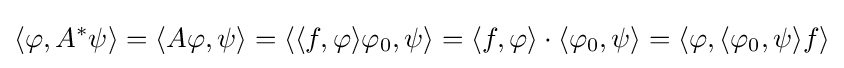
\langle \varphi ,A^{*}\psi \rangle =\langle A\varphi ,\psi \rangle =\langle \langle f,\varphi \rangle \varphi _{0},\psi \rangle =\langle f,\varphi \rangle \cdot \langle \varphi _{0},\psi \rangle =\langle \varphi ,\langle \varphi _{0},\psi \rangle f\rangle